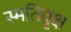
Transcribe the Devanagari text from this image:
स्मतिवृक्ष